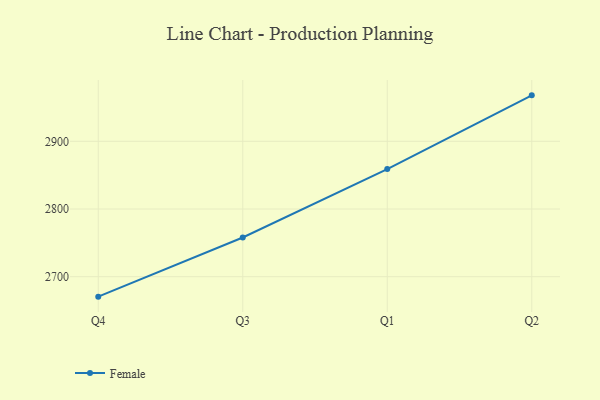
{"axis": {"x": "Quarter", "y": "Operating Costs (USD K)"}, "legend": ["Female"], "data": [{"x": "Q4", "y": 2670.5, "type": "Female"}, {"x": "Q3", "y": 2757.9, "type": "Female"}, {"x": "Q1", "y": 2859.0, "type": "Female"}, {"x": "Q2", "y": 2967.9, "type": "Female"}]}